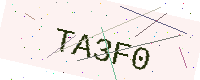
Text: TA3F0